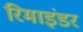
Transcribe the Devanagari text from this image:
रिमाइंडर